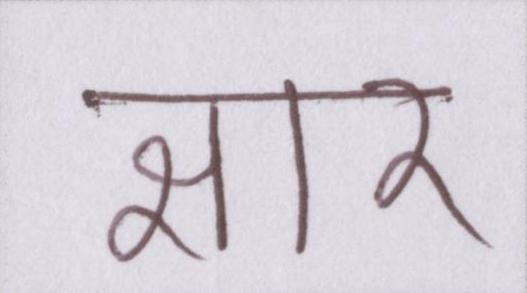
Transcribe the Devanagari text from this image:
क्षार